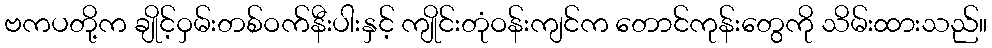
ဗကပတို့က ချိုင့်ဝှမ်းတစ်ဝက်နီးပါးနှင့် ကျိုင်းတုံဝန်းကျင်က တောင်ကုန်းတွေကို သိမ်းထားသည်။